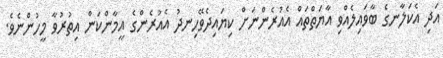
އަދި އެކަލާނގެ ބާވައިލެއްވި އާޔަތްތައް އެއުރެންނަށް ކިޔައިދެވޭހިނދު އެއުރެންގެ އީމާންކަން އިތުރުވާ މީހުންނެވެ.